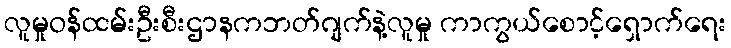
လူမှုဝန်ထမ်းဦးစီးဌာနကဘတ်ဂျက်နဲ့လူမှု ကာကွယ်စောင့်ရှောက်ရေး